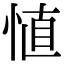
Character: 㥀